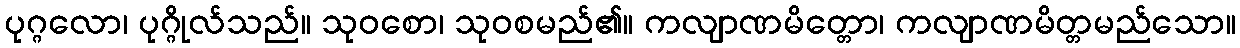
ပုဂ္ဂလော၊ ပုဂ္ဂိုလ်သည်။ သုဝစော၊ သုဝစမည်၏။ ကလျာဏမိတ္တော၊ ကလျာဏမိတ္တမည်သော။